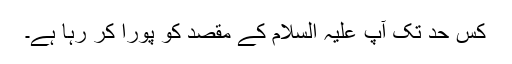
کس حد تک آپ علیہ السلام کے مقصد کو پورا کر رہا ہے۔